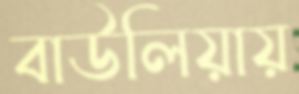
বাউলিয়ায়